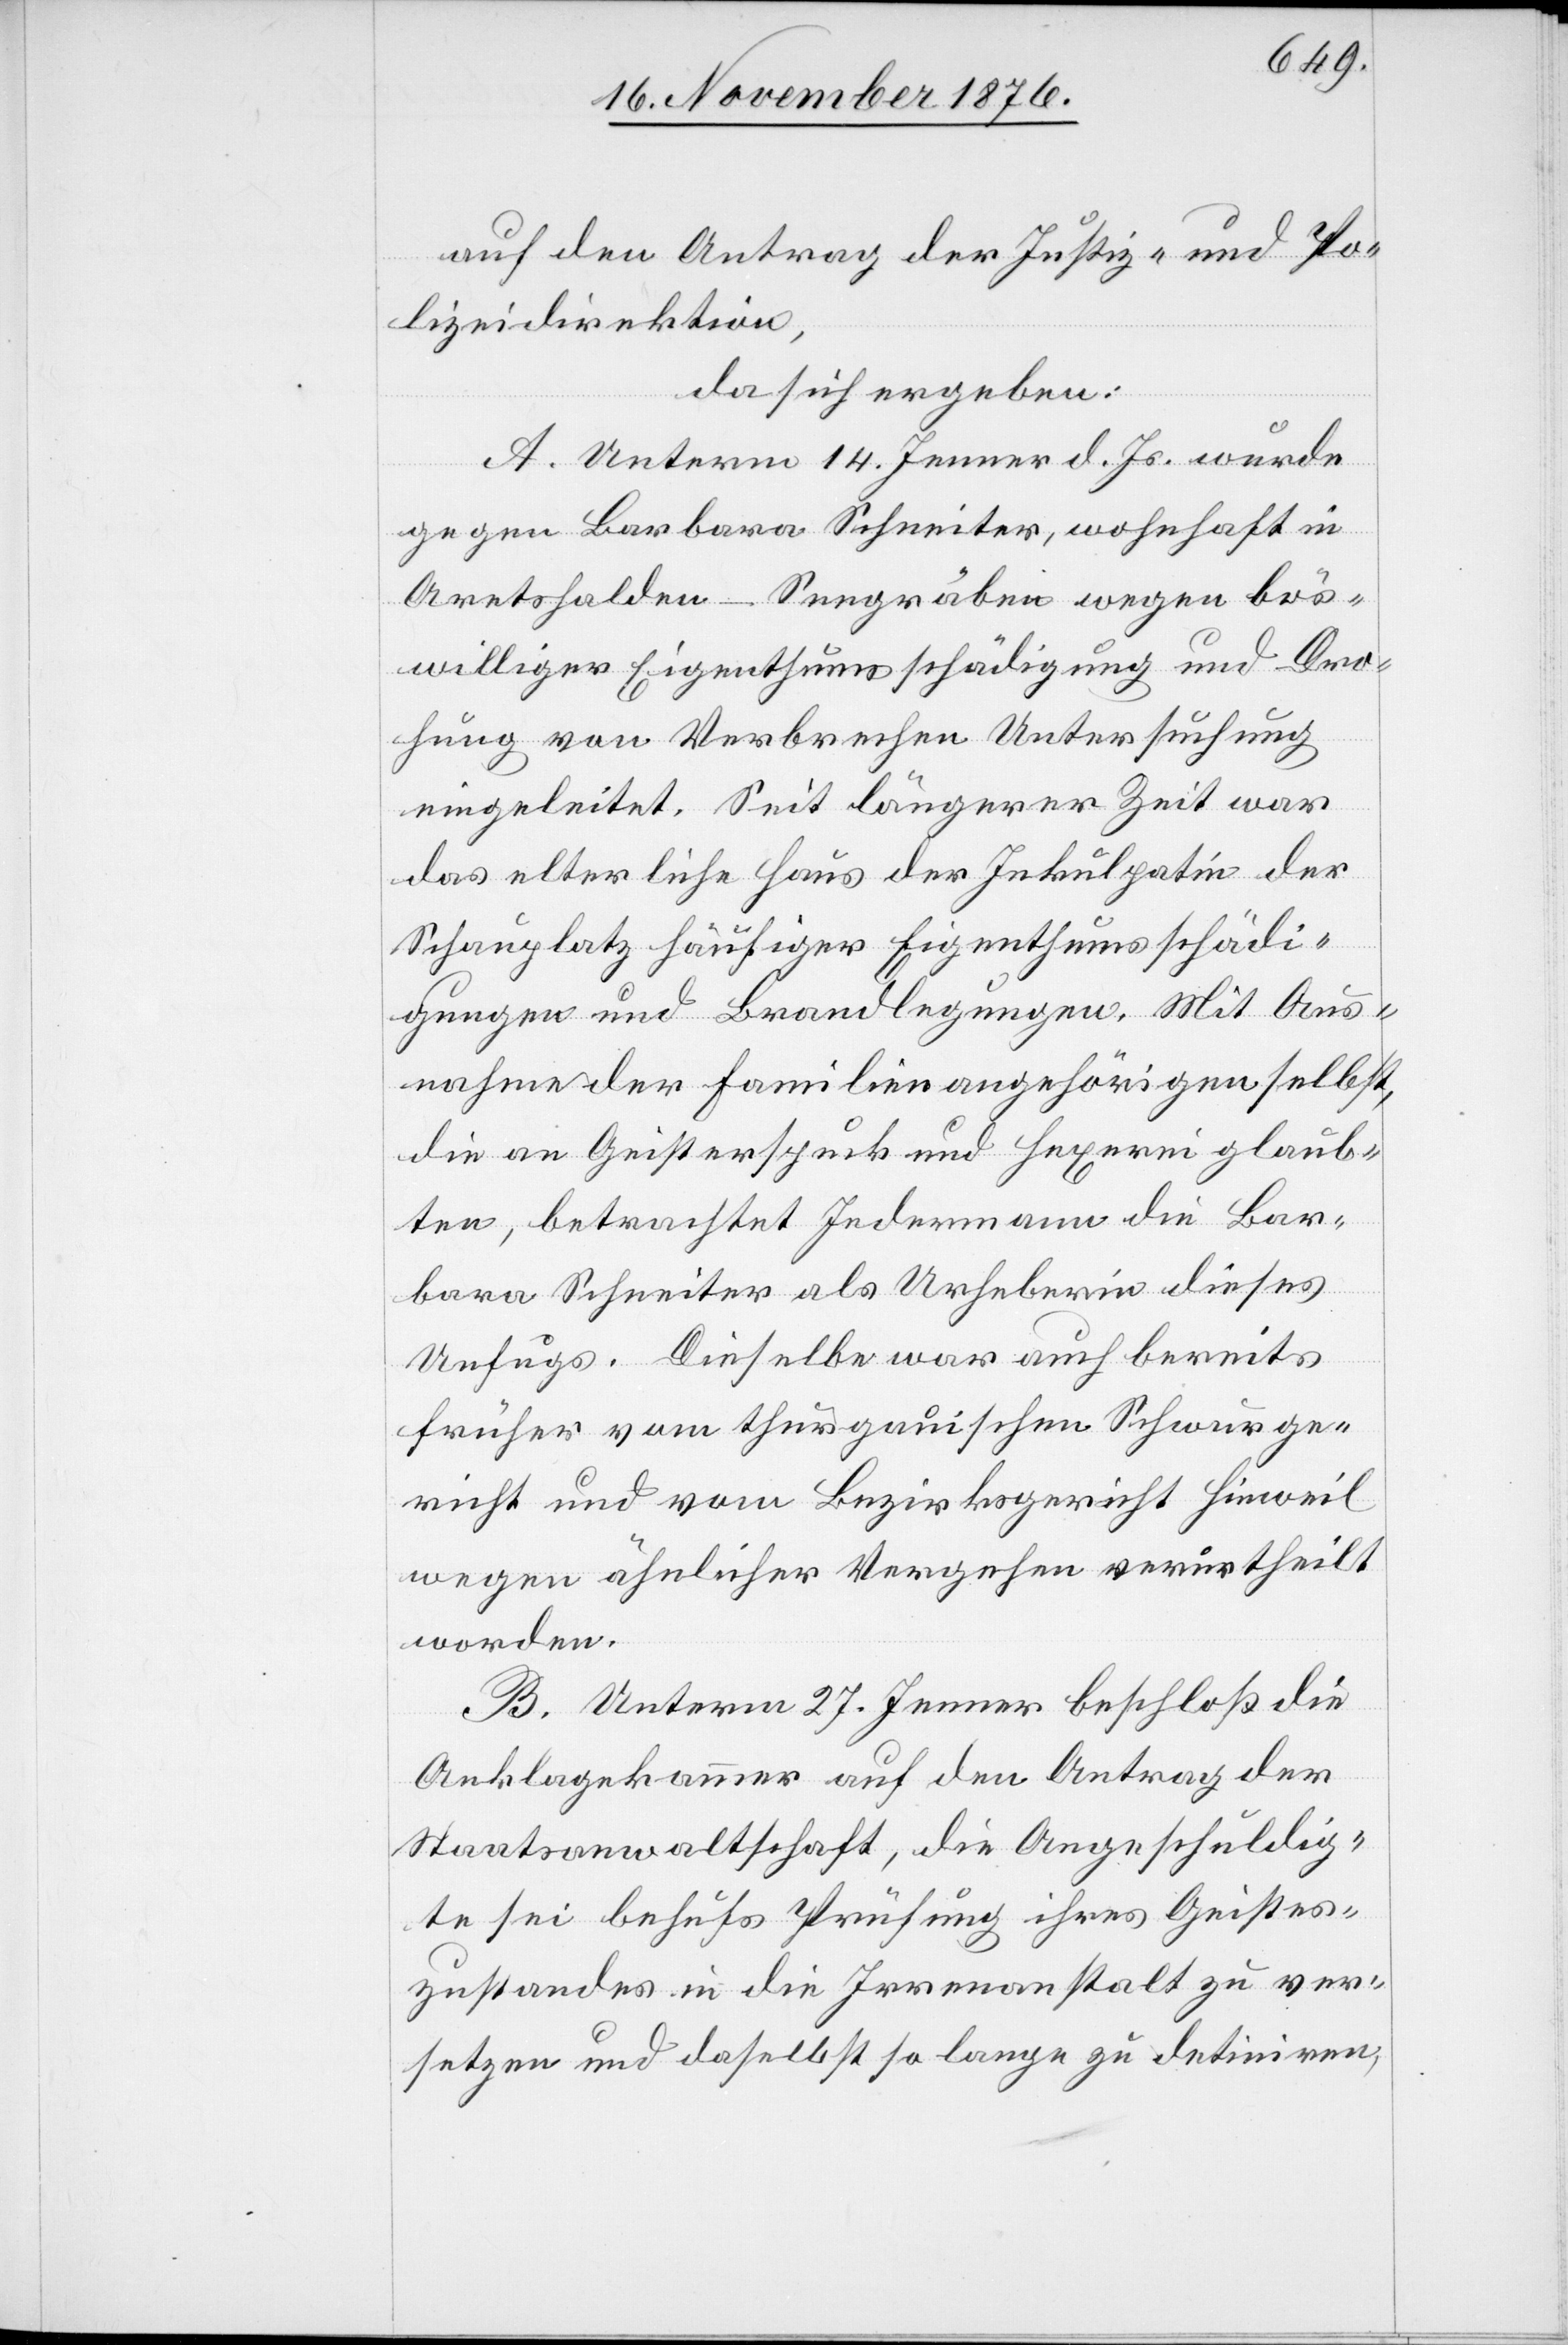
auf den Antrag der Justiz- und Po¬
lizeidirektion,
da sich ergeben:
A. Unterm 14. Jenner d. Js. wurde
gegen Barbara Schneiter, wohnhaft in
Aretshalden - Seegräben wegen bös¬
williger Eigenthumsschädigung und Dro¬
hung von Verbrechen Untersuchung
eingeleitet. Seit längerer Zeit war
das elterliche Haus der Inkulpatin der
Schauplatz häufiger Eigenthumsschädi¬
gungen und Brandlegungen. Mit Aus¬
nahme der Familienangehörigen selbst,
die an Geisterspuck [sic!] und Hexerei glaub¬
ten, betrachtet jedermann die Bar¬
bara Schneiter als Urheberin dieses
Unfugs. Dieselbe war auch bereits
früher vom thurgauischen Schwurge¬
richt und vom Bezirksgericht Hinweil
wegen ähnlicher Vergehen verurtheilt
worden.
B. Unterm 27. Jenner beschloß die
Anklagekammer auf den Antrag der
Staatsanwaltschaft, die Angeschuldig¬
te sei behufs Prüfung ihres Geistes¬
zustandes in die Irrenanstalt zu ver¬
setzen und daselbst so lange zu detiniren,